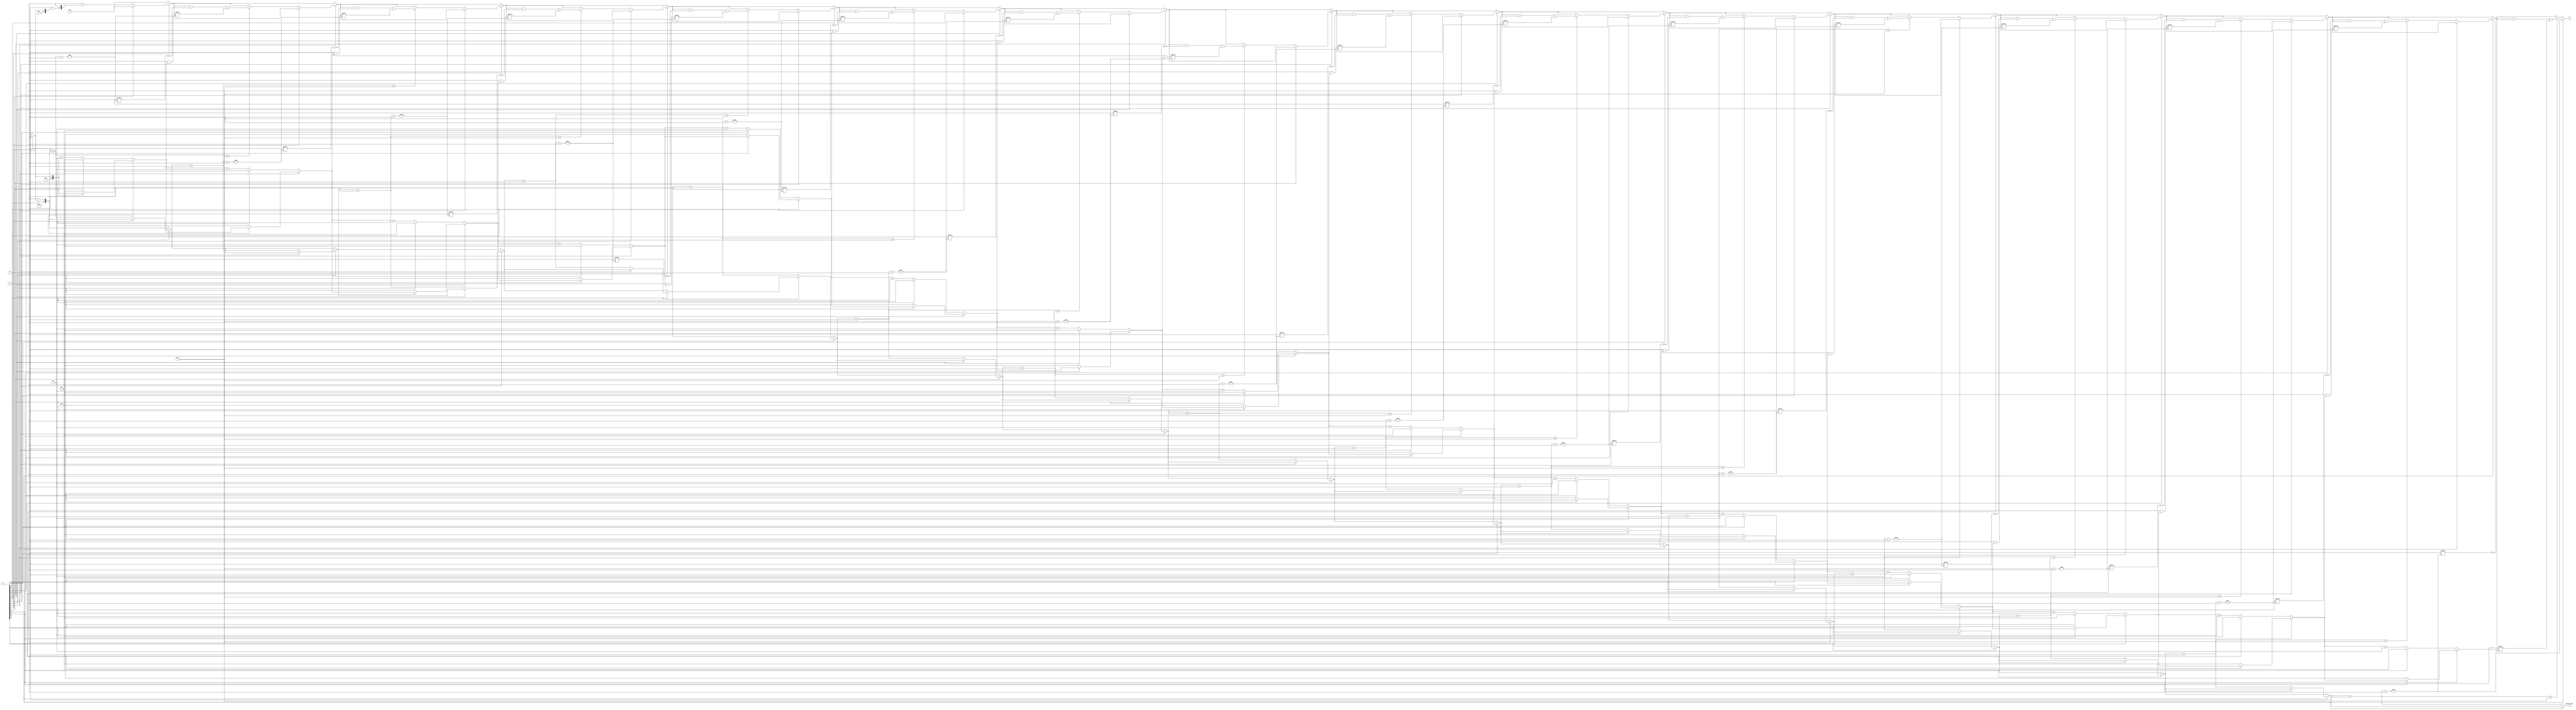
module GroupingOfZeros #(
    parameter N = 16, // Length of the input vector
    parameter MAX_GROUPS = 8 // Maximum number of zero groups to track
)(
    input  wire [N-1:0] A, // Input binary vector
    output reg [3:0] group_count, // Count of groups of contiguous zeros
    output reg [N-1:0] G // Output vector representing lengths of each group
);

    integer i;
    reg [N-1:0] lengths; // Temporary storage for lengths of groups
    reg in_zero_group; // Flag to indicate if we are in a zero group
    integer current_length; // Length of the current zero group

    always @* begin
        // Initialize outputs
        group_count = 0;
        lengths = 0;
        in_zero_group = 0;
        current_length = 0;

        // Traverse the input vector
        for (i = 0; i < N; i = i + 1) begin
            if (A[i] == 0) begin
                // If we encounter a zero
                if (!in_zero_group) begin
                    // We are starting a new group of zeros
                    in_zero_group = 1;
                    current_length = 1;
                end else begin
                    // We are in a group of zeros, increment the length
                    current_length = current_length + 1;
                end
            end else begin
                // If we encounter a one
                if (in_zero_group) begin
                    // We are ending a group of zeros
                    in_zero_group = 0;
                    group_count = group_count + 1;
                    // Store the length of the group in the output vector
                    if (group_count < MAX_GROUPS) begin
                        lengths[group_count] = current_length;
                    end
                    current_length = 0; // Reset current length
                end
            end
        end

        // If we ended in a zero group, account for that
        if (in_zero_group) begin
            group_count = group_count + 1;
            if (group_count < MAX_GROUPS) begin
                lengths[group_count] = current_length;
            end
        end

        // Assign the lengths to the output vector
        G = lengths;
    end

endmodule